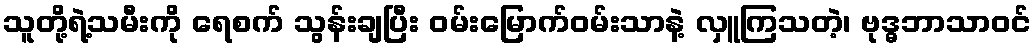
သူတို့ရဲ့သမီးကို ရေစက် သွန်းချပြီး ဝမ်းမြောက်ဝမ်းသာနဲ့ လှူကြသတဲ့၊ ဗုဒ္ဓဘာသာဝင်